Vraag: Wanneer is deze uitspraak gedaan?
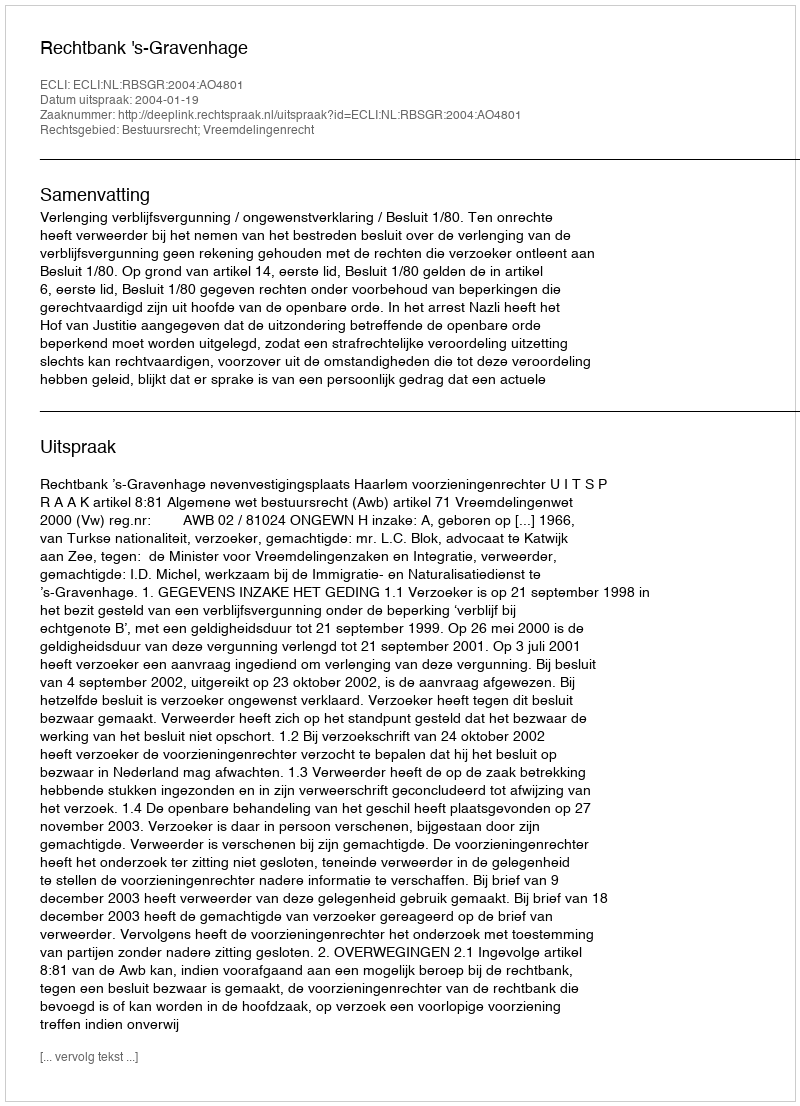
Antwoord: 2004-01-19